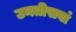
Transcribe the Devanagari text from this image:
उनतीसवां